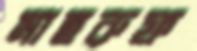
মাহরুফ